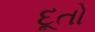
દૂતો